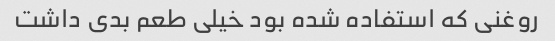
روغنی که استفاده شده بود خیلی طعم بدی داشت